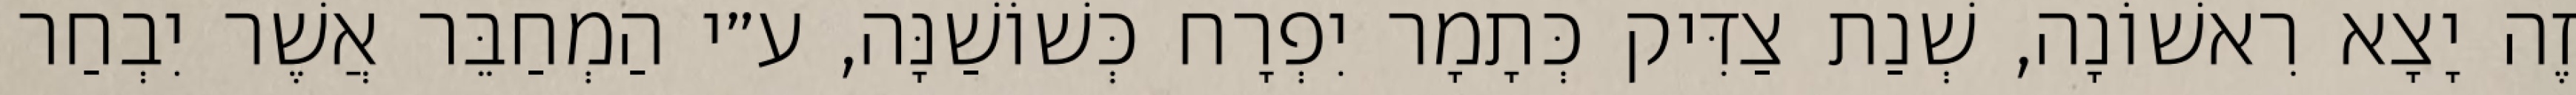
זֶה יָצָא רִאשׁוֹנָה, שְׁנַת צַדִּיק כְּתָמָר יִפְרָח כְּשׁוֹשַׁנָּה, ע״י הַמְחַבֵּר אֲשֶׁר יִבְחַר